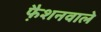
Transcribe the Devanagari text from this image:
फै़शनवाले